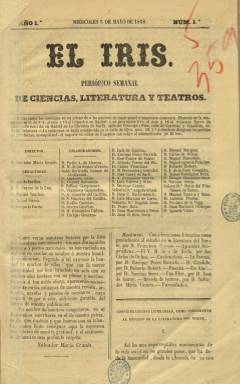
Título: El Iris (Madrid. 1858)
Colección: Semanarios de amenidades
Ámbito geográfico: Madrid
Lugar de publicación: Madrid
Fechas: 05/05/1858-11/07/1858

Con este título aparecieron once entregas semanales desde el cinco de mayo al once de julio de 1858, la primera en miércoles y las restantes en domingo, de ocho páginas cada una, compuestas a dos columnas, que salieron, primero, de la imprenta de J.M. Nieto y Zea y seguidamente de la de José Rodríguez. Se trata de un periódico cuyo subtítulo señala que es de “ciencias, literatura y teatros”, y que siempre ha quedado relacionado con el destacado y fecundo escritor y festivo periodista Salvador María Granés (1838-1911).

La tesis doctoral de Pablo Beltrán Núñez, en la Facultad de Filología de la Universidad Complutense, de 1992, ofrece con exactitud la fecha de su nacimiento (siempre se había dado el año 1840) y la aclaración del parentesco entre Salvador María Granés Rodríguez, del que se sabe que dirigió en 1823 un Diario realista de Madrid, y su hijo Salvador María Granés Román.

El padre fue el que promovió y dirigió esta publicación durante sus cinco primeras entregas y el primer firmante de su Revista de teatros, y el hijo, lo secundó en esta función a partir de entonces, cuando apenas tenía diecinueve años, a quien al serle censurado su primer artículo tuvo que insertar otro de crítica literaria en el número seis, correspondiente al seis de junio.

Destaca de esta publicación su cuadro de colaboradores, en el que aparece una larga nómina de los más distinguidos literatos y poetas de la época, aunque no todos ellos escribieron en sus páginas. Entre ellos aparecen los nombres de Pedro Antonio de Alarcón, Gertrudis Gómez de Avellaneda, Ángela Grassi, Rogelia León, María Pilara Sinués de Marco, Ramón de Campoamor, Antonio Cánovas del Castillo, Emilio Castelar, Juan Eugenio Hartzenbusch, Luis Guerra y Orbe, Antonio Trueba, Ventura de la Vega, Juan Martínez Villergas o Manuel Tamayo y Baus.

Aunque sí aparecen las firmas de Carlos de Ochoa, Carlos Frontaura, Serafín Cánovas del Castillo, José Garay de Sarti, Narciso Serra, Enrique Pérez Escrich, Luis de Eguilaz, Eulogio Florentino Sanz y Roberto Robert, o las José Alcalá Galiano, Antonio María Vasco y José Muñoz Gaviria, entre otras.

Como redactores aparecen indicados los nombres de Adolfo Fariñas, Francisco Gayoso de la Rua, Manuel Sánchez, Rafael Sierra y Gregorio Pardo. Como secretario de redacción y redactor de la sección Variedades, actuó Tomás M. Mondéjar, y como editor responsable, José Pérez.

Además de la Revista de teatros, en sus páginas se publican textos de crítica y estudios literarios, así como otros históricos, biográficos y de costumbres, junto a los de creación literaria, en prosa y verso (poemas, narraciones y cuentos).

Como periodista, Granés Román dirigirá después otras publicaciones como La Aurora literaria (1867) y La Semana literaria (1867) y los satíricos La Filoxera (1878), La Viña (1880-1884) y El Buñuelo (1880-1881) y fue redactor de Los Monigotes (1892), Madrid Cómico (1880-1823) o Gente vieja (1900-1905). Usó el seudónimo Moscatel.